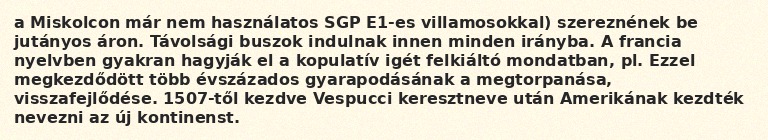
a Miskolcon már nem használatos SGP E1-es villamosokkal) szereznének be jutányos áron. Távolsági buszok indulnak innen minden irányba. A francia nyelvben gyakran hagyják el a kopulatív igét felkiáltó mondatban, pl. Ezzel megkezdődött több évszázados gyarapodásának a megtorpanása, visszafejlődése. 1507-től kezdve Vespucci keresztneve után Amerikának kezdték nevezni az új kontinenst.